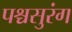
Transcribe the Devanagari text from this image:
पश्चसुरंग